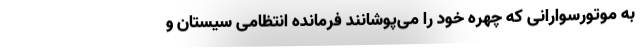
به موتورسوارانی که چهره خود را می‌پوشانند فرمانده انتظامی سیستان و